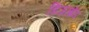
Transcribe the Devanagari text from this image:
डिंजरब्रेड